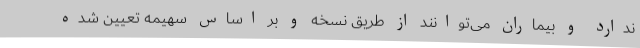
ندارد و بیماران می‌توانند از طریق نسخه و بر اساس سهیمه تعیین شده